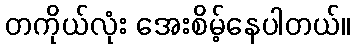
တကိုယ်လုံး အေးစိမ့်နေပါတယ်။